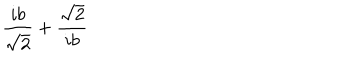
\frac { i b } { \sqrt { 2 } } + \frac { \sqrt { 2 } } { i b }